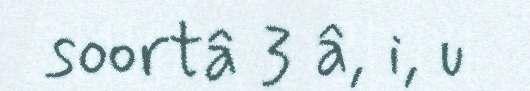
soortâ 3 â, i, u